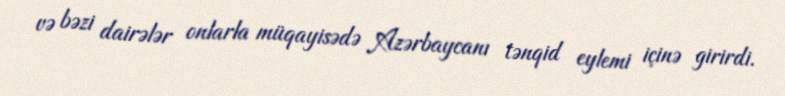
və bəzi dairələr onlarla müqayisədə Azərbaycanı tənqid eylemi içinə girirdi.